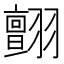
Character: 𦒜